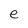
Character: e